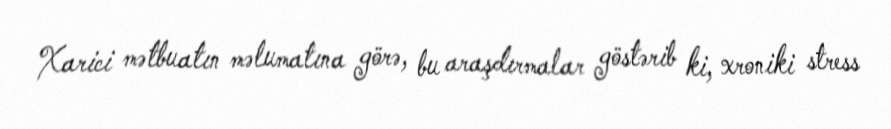
Xarici mətbuatın məlumatına görə, bu araşdırmalar göstərib ki, xroniki stress